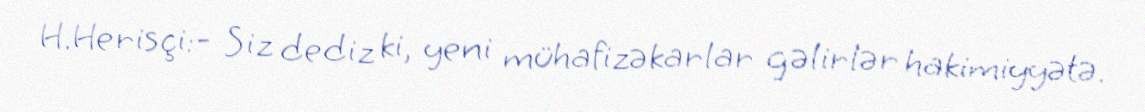
H.Herisçi:- Siz dediz ki, yeni mühafizəkarlar gəlirlər hakimiyyətə.